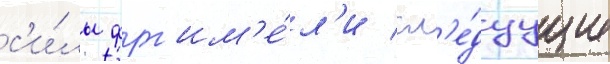
с'и́лы фрг им'е́л'и сл'е́дуущие